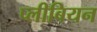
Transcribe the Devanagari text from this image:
प्लीबियन